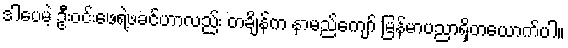
ဒါပေမဲ့ ဦးဝင်းဖေရဲ့ဖခင်ဟာလည်း တချိန်က နာမည်ကျော် မြန်မာပညာရှိတယောက်ပါ။